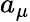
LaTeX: a_{\mu}